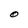
Character: O